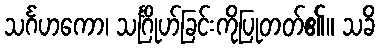
သင်္ဂဟကော၊ သင်္ဂြိုဟ်ခြင်းကိုပြုတတ်၏။ သခိ